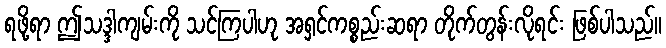
ရဖို့ရာ ဤသဒ္ဒါကျမ်းကို သင်ကြပါဟု အရှင်ကစ္စည်းဆရာ တိုက်တွန်းလိုရင်း ဖြစ်ပါသည်။